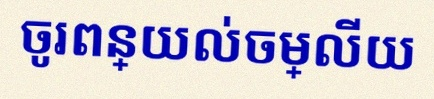
ចូរពន្យល់ចម្លើយ